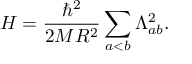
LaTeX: H = \frac { \hbar ^ { 2 } } { 2 M R ^ { 2 } } \sum _ { a < b } \Lambda _ { a b } ^ { 2 } .